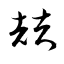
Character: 喆